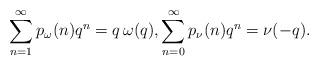
LaTeX: \begin{align*}\sum_{n=1}^{\infty} p_{\omega}(n)q^n &=q\, \omega(q),\sum_{n=0}^{\infty} p_{\nu}(n)q^n= \nu(-q). \end{align*}